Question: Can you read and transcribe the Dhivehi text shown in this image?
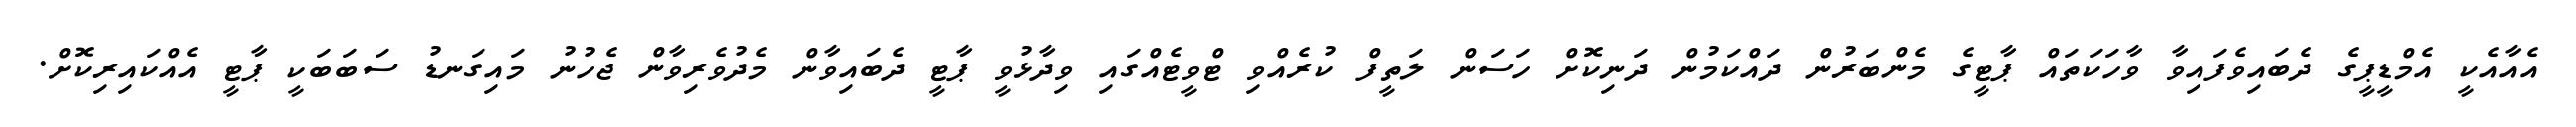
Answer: އެއާއެކީ އެމްޑީޕީގެ ދެބައިވެފައިވާ ވާހަކަތައް ޕާޓީގެ މެންބަރުން ދައްކަމުން ދަނިކޮށް ހަސަން ލަތީފް ކުރެއްވި ޓްވީޓެއްގައި ވިދާޅުވީ ޕާޓީ ދެބައިވާން މެދުވެރިވާން ޖެހުނު މައިގަނޑު ސަބަބަކީ ޕާޓީ އެއްކައިރިކޮށް.